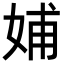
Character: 𡜵